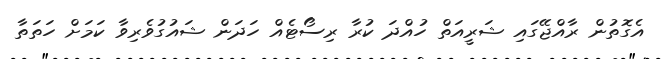
އެގޮތުން ރާއްޖޭގައި ޝަރީއަތް ހުއްދަ ކުރާ ރިސޯޓެއް ހަދަން ޝައުގުވެރިވާ ކަމަށް ހަތަތާ